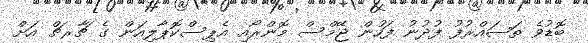
ބޮޑުވެ ތަޞައްރުފު ފުދުނު ފަހުން ޖޭމްސް މޮންރޯއި އެޕިސްކޮޕާލިއަން ގެ ޗާރޗް އަށް